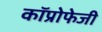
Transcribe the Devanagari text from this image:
कॉप्रोफेजी